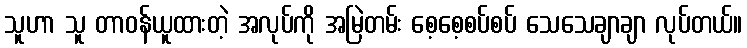
သူဟာ သူ တာဝန်ယူထားတဲ့ အလုပ်ကို အမြဲတမ်း စေ့စေ့စပ်စပ် သေသေချာချာ လုပ်တယ်။